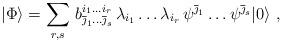
LaTeX: \begin{align*}|\Phi\rangle = \sum_{r,s} \, b^{i_1...i_r}_{\overline\jmath_1...\overline\jmath_s} \, \lambda_{i_1} \dots \lambda_{i_r} \, \psi^{\overline\jmath_1} \dots \psi^{\overline\jmath_s} |0\rangle ~,\end{align*}